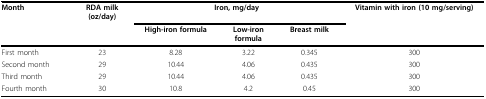
<table><thead><tr><td><b>Month</b></td><td><b>RDA milk(oz/day)</b></td><td colspan="3"><b>Iron, mg/day</b></td><td><b>Vitamin with iron (10 mg/serving)</b></td></tr><tr><td></td><td></td><td><b>High-iron formula</b></td><td><b>Low-ironformula</b></td><td><b>Breast milk</b></td><td></td></tr></thead><tbody><tr><td>First month</td><td>23</td><td>8.28</td><td>3.22</td><td>0.345</td><td>300</td></tr><tr><td>Second month</td><td>29</td><td>10.44</td><td>4.06</td><td>0.435</td><td>300</td></tr><tr><td>Third month</td><td>29</td><td>10.44</td><td>4.06</td><td>0.435</td><td>300</td></tr><tr><td>Fourth month</td><td>30</td><td>10.8</td><td>4.2</td><td>0.45</td><td>300</td></tr></tbody></table>